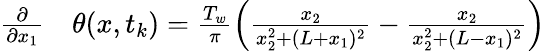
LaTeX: \begin{array}{rl}{\frac{\partial}{\partial x_{1}}}&{{}\theta(x,t_{k})=\frac{T_{w}}{\pi}\left(\frac{x_{2}}{x_{2}^{2}+(L+x_{1})^{2}}-\frac{x_{2}}{x_{2}^{2}+(L-x_{1})^{2}}\right)}\end{array}